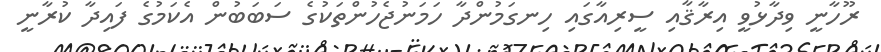
ރޫހާނީ ވިދާޅުވީ އިރާޤާއި ސީރިއާގައި ހިނގަމުންދާ ހަމަނުޖެހުންތަކުގެ ސަބަބުން އެކަމުގެ ފައިދާ ކުރާނީ